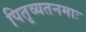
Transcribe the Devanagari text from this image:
पितृव्यतनमाः